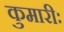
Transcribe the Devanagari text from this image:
कुमारीः